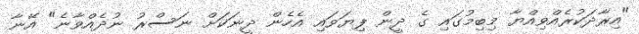
"އިރާދަކުރެއްވިއްޔާ މިބިމުގައި ގެ ދީން ފިޔަވައި އެހެން ދީނަކަށް ނަސްރު ނުދެއްވާނެ" އޭނާ